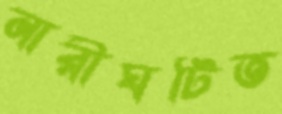
নারীঘটিত